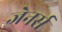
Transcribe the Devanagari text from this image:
जेनर्स